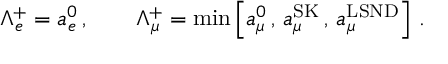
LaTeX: \Lambda _ { e } ^ { + } = a _ { e } ^ { 0 } \, , \qquad \Lambda _ { \mu } ^ { + } = \operatorname * { m i n } \left[ a _ { \mu } ^ { 0 } \, , \, a _ { \mu } ^ { \mathrm { S K } } \, , \, a _ { \mu } ^ { \mathrm { L S N D } } \right] \, .